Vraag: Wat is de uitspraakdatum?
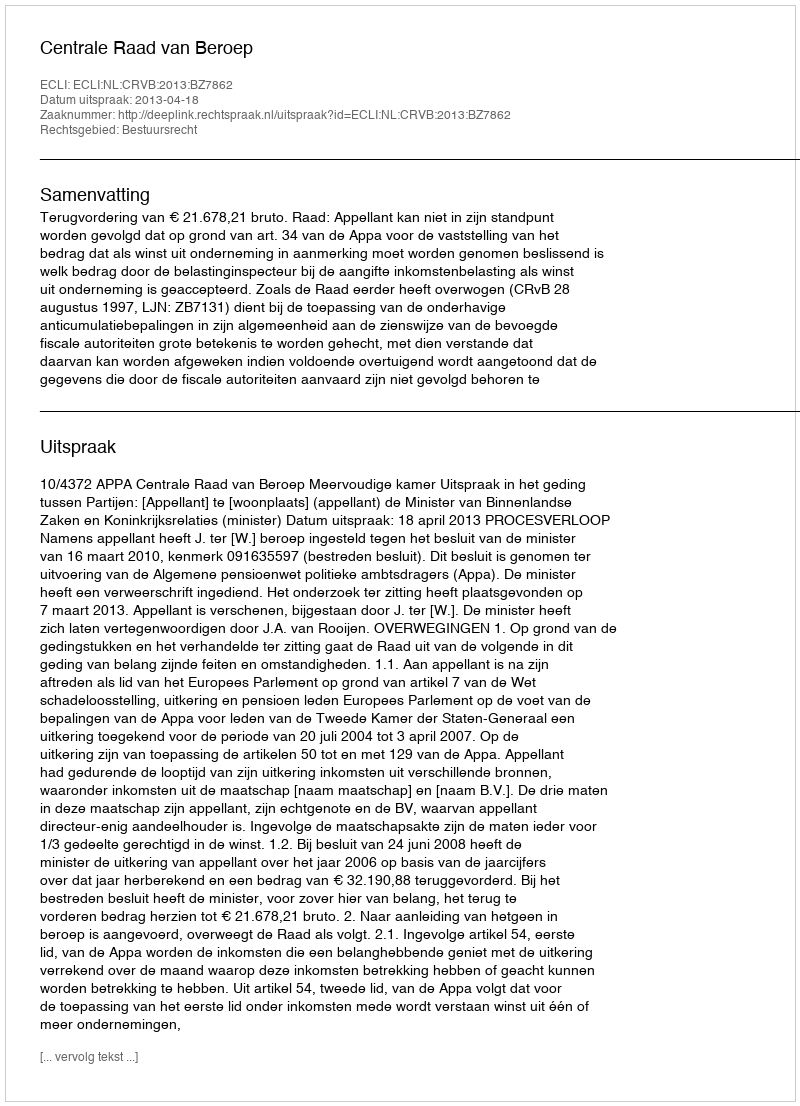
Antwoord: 2013-04-18